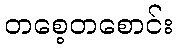
တစေ့တစောင်း